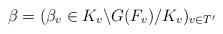
LaTeX: \begin{align*}\beta = (\beta_v \in K_v \backslash G(F_v) / K_v)_{v \in T'}\end{align*}